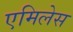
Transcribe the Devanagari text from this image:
एमिलेस